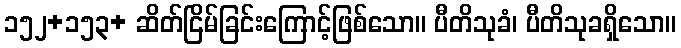
၁၅၂+၁၅၃+ ဆိတ်ငြိမ်ခြင်းကြောင့်ဖြစ်သော။ ပီတိသုခံ၊ ပီတိသုခရှိသော။